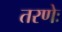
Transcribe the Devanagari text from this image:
तरणेः